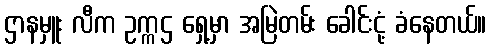
ဌာနမှူး လီက ဥက္ကဌ ရှေ့မှာ အမြဲတမ်း ခေါင်းငုံ့ ခံနေတယ်။